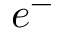
e ^ { - }